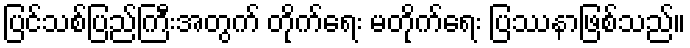
ပြင်သစ်ပြည်ကြီးအတွက် တိုက်ရေး မတိုက်ရေး ပြဿနာဖြစ်သည်။